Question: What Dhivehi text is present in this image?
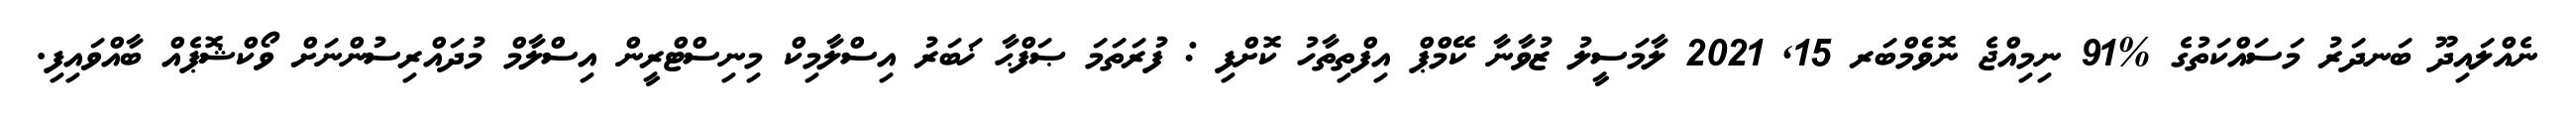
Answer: ނެއްލައިދޫ ބަނދަރު މަސައްކަތުގެ %91 ނިމިއްޖެ ނޮވެމްބަރ 15, 2021 ލާމަސީލު ޒުވާނާ ކޭމްޕް އިފްތިތާހު ކޮށްފި : ފުރަތަމަ ޞަފްޙާ ޚަބަރު އިސްލާމިކް މިނިސްޓްރީން އިސްލާމް މުދައްރިސުންނަށް ވޯކްޝޮޕެއް ބާއްވައިފި.